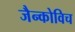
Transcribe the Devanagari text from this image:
जैन्कोविच